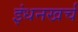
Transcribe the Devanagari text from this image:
इंधनखर्च